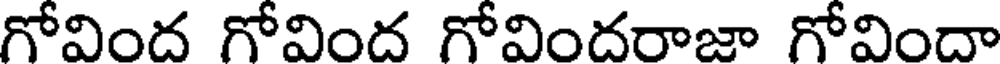
గోవింద గోవింద గోవిందరాజా గోవిందా